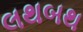
લથબથ